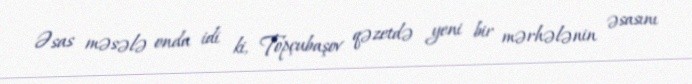
Əsas məsələ onda idi ki, Topçubaşov qəzetdə yeni bir mərhələnin əsasını